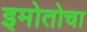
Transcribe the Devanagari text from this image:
इमोतोचा